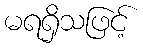
မရရှိသဖြင့်